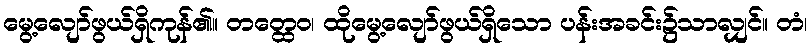
မွေ့လျော်ဖွယ်ရှိကုန်၏။ တတ္ထေဝ၊ ထိုမွေ့လျော်ဖွယ်ရှိသော ပန်းအခင်း၌သာလျှင်။ တံ၊